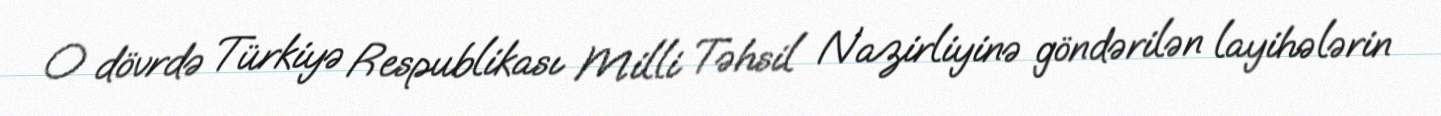
O dövrdə Türkiyə Respublikası Milli Təhsil Nazirliyinə göndərilən layihələrin